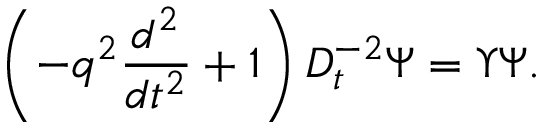
\left( - q ^ { 2 } \frac { d ^ { 2 } } { d t ^ { 2 } } + 1 \right) D _ { t } ^ { - 2 } \Psi = \Upsilon \Psi .